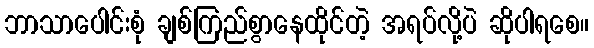
ဘာသာပေါင်းစုံ ချစ်ကြည်စွာနေထိုင်တဲ့ အရပ်လို့ပဲ ဆိုပါရစေ။